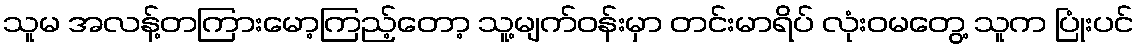
သူမ အလန့်တကြားမော့ကြည့်တော့ သူ့မျက်ဝန်းမှာ တင်းမာရိပ် လုံးဝမတွေ့ သူက ပြုံးပင်